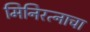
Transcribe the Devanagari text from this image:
मिनिरत्नाचा